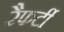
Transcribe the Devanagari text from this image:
रैफर्टी